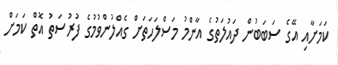
ކަމަށާއި އޭގެ ސަބަބުން ދައުލަތުގެ އާންމު މަސްލަހަތަށް ގެއްލުންވުމުގެ ފުރުސަތު އޮތް ކަމަށް